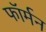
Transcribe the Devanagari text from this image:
फॉर्मन